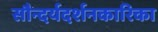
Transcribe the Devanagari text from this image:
सौन्दर्यदर्शनकारिका